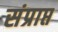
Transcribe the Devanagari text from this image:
संप्राप्त